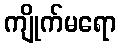
ကျိုက်မရော